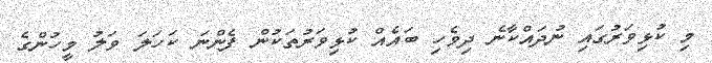
މި ކުޅިވަރުގައި ނުދައްކާނެ ދިވެހި ބައެއް ކުޅިވަރުތަކުން ފެންނަ ކަހަލަ ވަލު މީހުންގެ